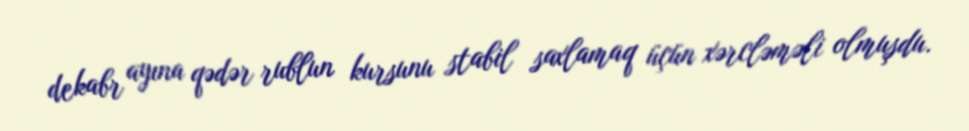
dekabr ayına qədər rublun kursunu stabil saxlamaq üçün xərcləməli olmuşdu.